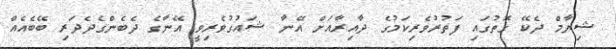
ޝިޔާމް ދެކޭ ގޮތުގައި ފަތުރުވެރިކަމުގެ ދާއިރާއަށް އޭނާ ޝައުގުވެރިވީ އޭނާގެ ދެބެންގެދެދަރި ބޭބެއެއް